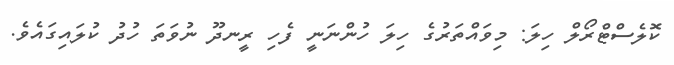
ކޮލެސްޓްރޯލް ހިލަ: މިވައްތަރުގެ ހިލަ ހުންނަނީ ފެހި ރީނދޫ ނުވަތަ ހުދު ކުލައިގައެވެ.